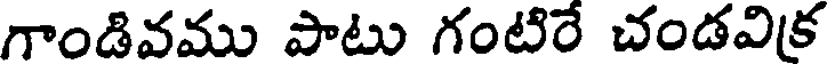
గాండివము పాటు గంటిరే చండవిక